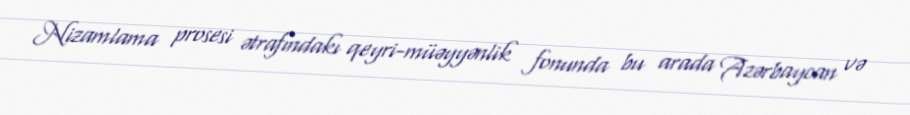
Nizamlama prosesi ətrafındakı qeyri-müəyyənlik fonunda bu arada Azərbaycan və